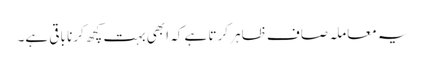
یہ معاملہ صاف ظاہر کرتا ہے کہ ابھی بہت کچھ کرنا باقی ہے۔